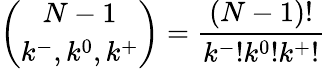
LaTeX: \binom{N-1}{k^{-},k^{0},k^{+}}=\frac{(N-1)!}{k^{-}!k^{0}!k^{+}!}